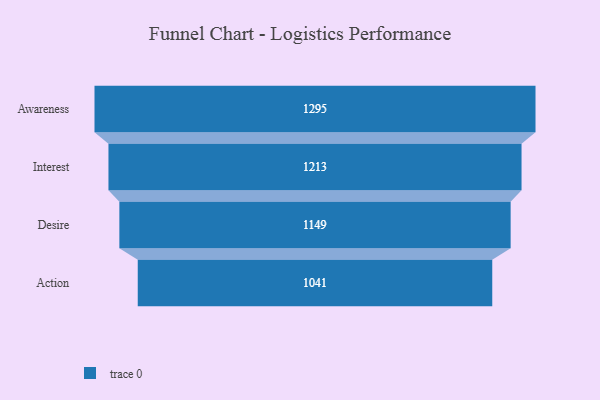
{"axis": {"x": "Stage", "y": "Value"}, "legend": [""], "data": [{"x": "Awareness", "y": 1295.0, "type": ""}, {"x": "Interest", "y": 1213.0, "type": ""}, {"x": "Desire", "y": 1149.0, "type": ""}, {"x": "Action", "y": 1041.0, "type": ""}]}